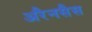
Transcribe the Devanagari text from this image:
अरैनसैस